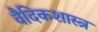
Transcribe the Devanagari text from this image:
वैदिकशास्त्र